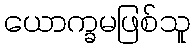
ယောက္ခမဖြစ်သူ